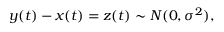
y ( t ) - x ( t ) = z ( t ) \sim N ( 0 , \sigma ^ { 2 } ) ,